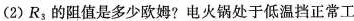
(2)R_{3}的阻值是多少欧姆?电火锅处于低温档正常工